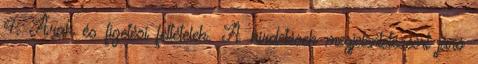
4. Árak és fizetési feltételek. A hirdetések megjelentetéséért járó